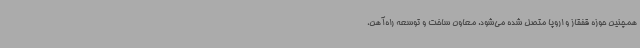
همچنین حوزه قفقاز و اروپا متصل شده می‌شود. معاون ساخت و توسعه راه‌آهن،